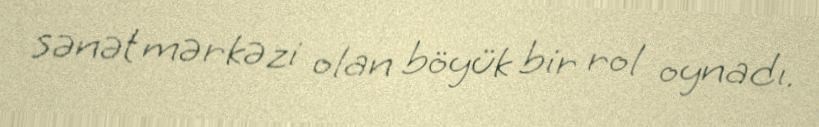
sənət mərkəzi olan böyük bir rol oynadı.